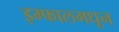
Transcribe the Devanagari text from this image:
इम्फालमधून